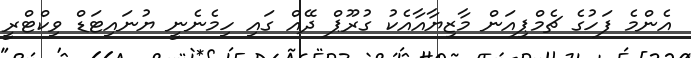
އެންމެ ފަހުގެ ޗެމްޕިއަން މާޒިޔާއާއެކު ގުރޫޕް ދޭއް ގައި ހިމެނެނީ ޔުނައިޓަޑް ވިކްޓްރީ